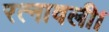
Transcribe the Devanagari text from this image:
रत्नावली।